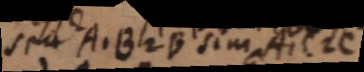
seu A. B 2 B sim A1C 2C